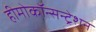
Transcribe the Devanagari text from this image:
हीमोकॉन्सन्ट्रेशन